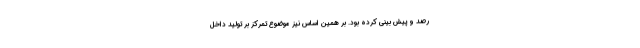
رصد و پیش بینی کرده بود. بر همین اساس نیز موضوع تمرکز بر تولید داخل